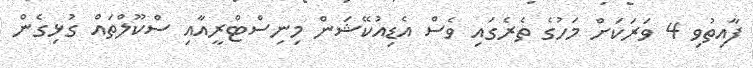
ފާއިތުވި 4 ވަރަކަށް މަހުގެ ތެރެގައި ވެސް އެޑިއުކޭޝަން މިނިސްޓްރީއާއި ސްކޫލްތައް ގުޅިގެން